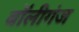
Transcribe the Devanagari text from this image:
बॉलीगंज